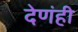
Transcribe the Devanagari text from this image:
देणंही